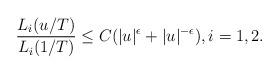
LaTeX: \begin{align*}\frac{L_i(u/T)}{L_i(1/T)}\le C (|u|^{\epsilon}+|u|^{-\epsilon}), i=1,2.\end{align*}